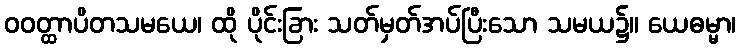
ဝဝတ္ထာပိတသမယေ၊ ထို ပိုင်းခြား သတ်မှတ်အပ်ပြီးသော သမယ၌။ ယေဓမ္မာ၊